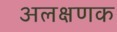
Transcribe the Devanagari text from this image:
अलक्षणक